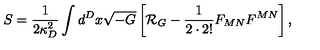
S = { \frac { 1 } { 2 \kappa _ { D } ^ { 2 } } } \int d ^ { D } x \sqrt { - G } \left[ { \cal R } _ { G } - { \frac { 1 } { 2 \cdot 2 ! } } F _ { M N } F ^ { M N } \right] ,